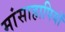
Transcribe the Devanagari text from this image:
मांसाहापियों